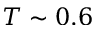
T \sim 0 . 6